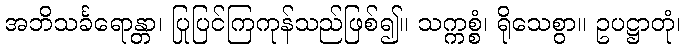
အဘိသင်္ခရောန္တာ၊ ပြုပြင်ကြကုန်သည်ဖြစ်၍။ သက္ကစ္စံ၊ ရိုသေစွာ။ ဥပဋ္ဌာတုံ၊